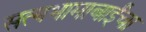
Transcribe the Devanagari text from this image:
सत्यभामाबाईंचा